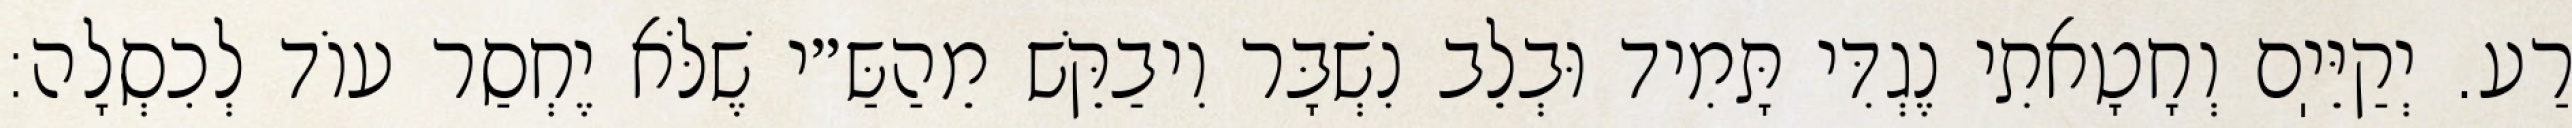
רַע. יְקַיֵּיֽם וְחָטָאתִי נֶגְדִּי תָּמִיד וּבְלֵב נִשְׁבָּר וִיבַקֵּשׁ מֵהַשַּ״י שֶׁלֹּא יֶחְסַר עוֹד לְכִסְלָה: